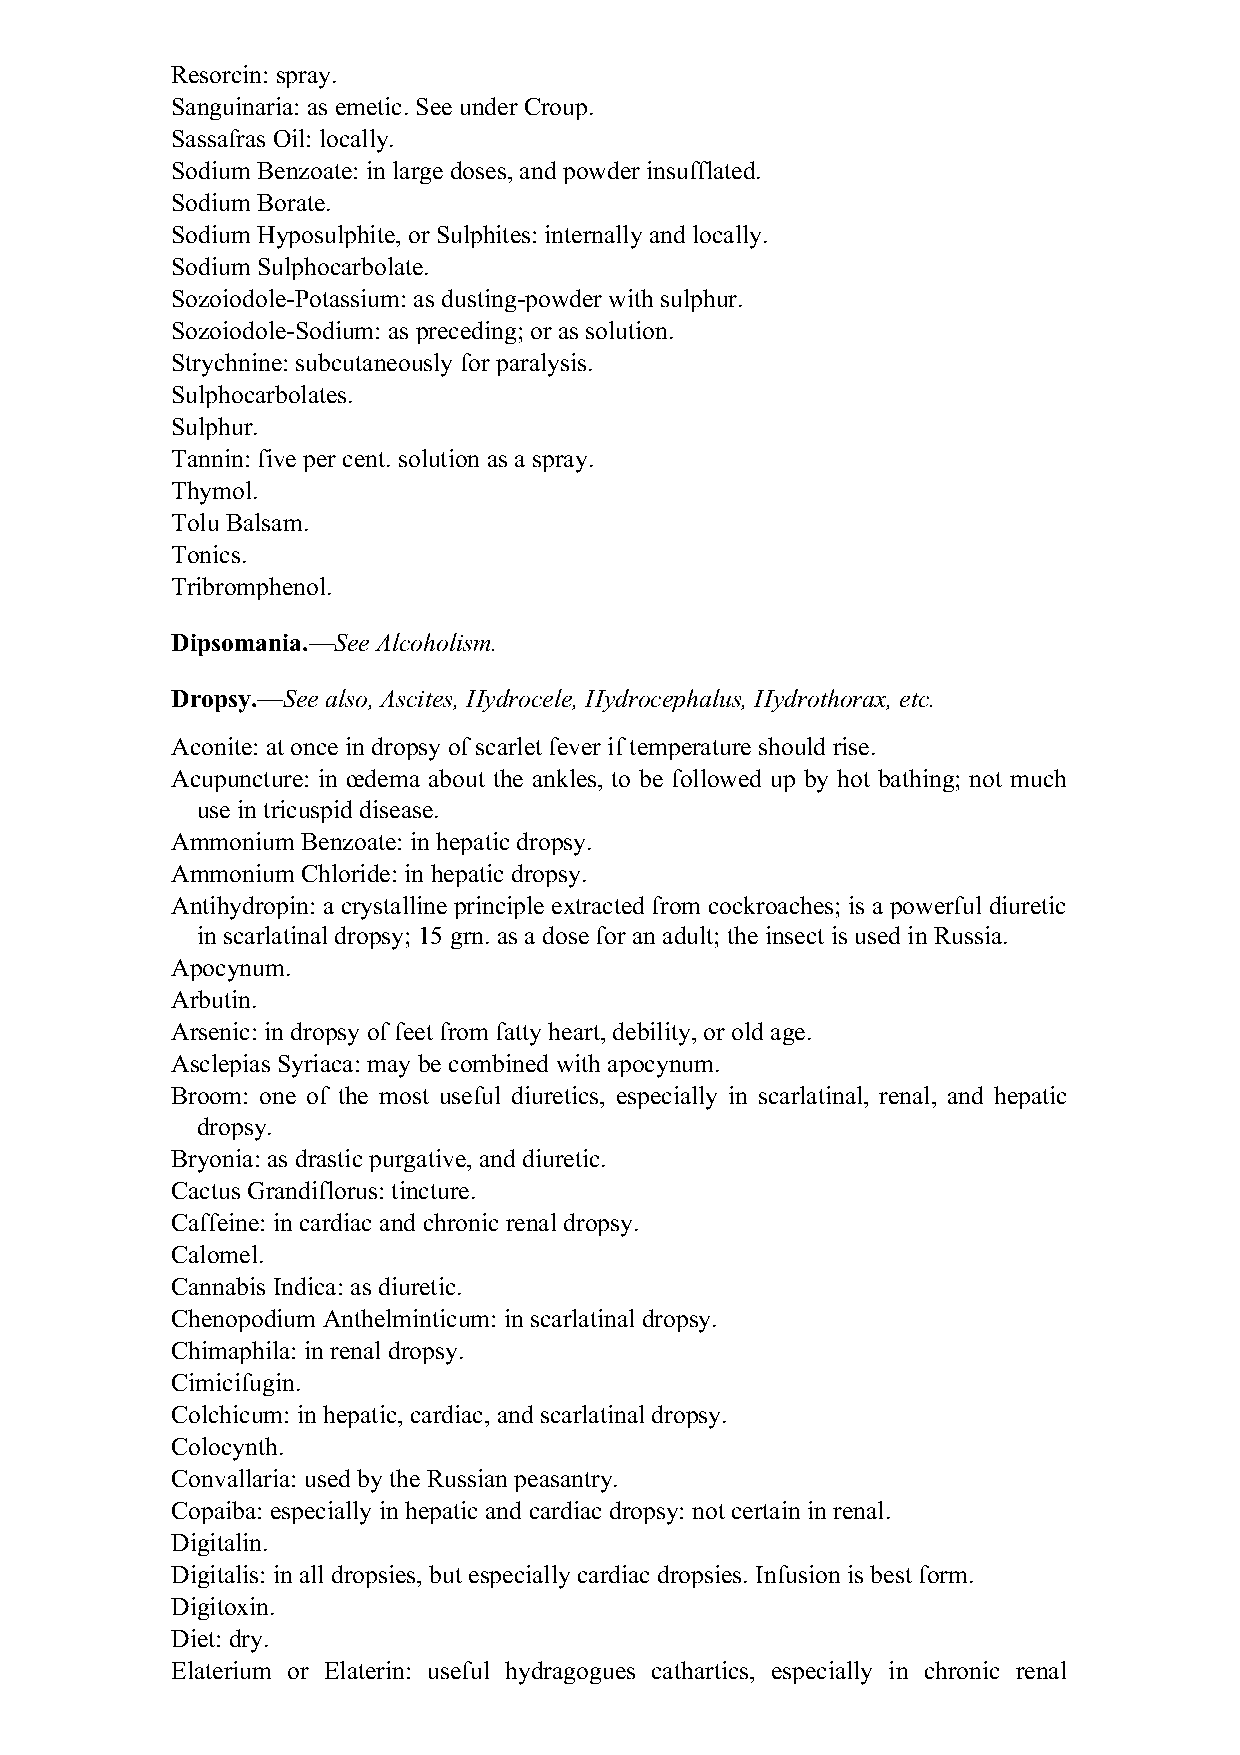
Resorcin: spray.
 Sanguinaria: as emetic. See under Croup.
 Sassafras Oil: locally.
 Sodium Benzoate: in large doses, and powder insufflated.
 Sodium Borate.
 Sodium Hyposulphite, or Sulphites: internally and locally.
 Sodium Sulphocarbolate.
 Sozoiodole-Potassium: as dusting-powder with sulphur.
 Sozoiodole-Sodium: as preceding; or as solution.
 Strychnine: subcutaneously for paralysis.
 Sulphocarbolates.
 Sulphur.
 Tannin: five per cent. solution as a spray.
 Thymol.
 Tolu Balsam.
 Tonics.
 Tribromphenol.
 Dipsomania.—See Alcoholism.
 Dropsy.—See also, Ascites, Hydrocele, Hydrocephalus, Hydrothorax, etc.
 Aconite: at once in dropsy of scarlet fever if temperature should rise.
 Acupuncture: in œdema about the ankles, to be followed up by hot bathing; not much
 use in tricuspid disease.
 Ammonium Benzoate: in hepatic dropsy.
 Ammonium Chloride: in hepatic dropsy.
 Antihydropin: a crystalline principle extracted from cockroaches; is a powerful diuretic
 in scarlatinal dropsy; 15 grn. as a dose for an adult; the insect is used in Russia.
 Apocynum.
 Arbutin.
 Arsenic: in dropsy of feet from fatty heart, debility, or old age.
 Asclepias Syriaca: may be combined with apocynum.
 Broom: one of the most useful diuretics, especially in scarlatinal, renal, and hepatic
 dropsy.
 Bryonia: as drastic purgative, and diuretic.
 Cactus Grandiflorus: tincture.
 Caffeine: in cardiac and chronic renal dropsy.
 Calomel.
 Cannabis Indica: as diuretic.
 Chenopodium Anthelminticum: in scarlatinal dropsy.
 Chimaphila: in renal dropsy.
 Cimicifugin.
 Colchicum: in hepatic, cardiac, and scarlatinal dropsy.
 Colocynth.
 Convallaria: used by the Russian peasantry.
 Copaiba: especially in hepatic and cardiac dropsy: not certain in renal.
 Digitalin.
 Digitalis: in all dropsies, but especially cardiac dropsies. Infusion is best form.
 Digitoxin.
 Diet: dry.
 Elaterium or Elaterin: useful hydragogues cathartics, especially in chronic renal